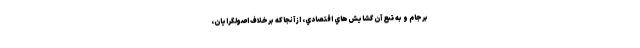
برجام و به تبع آن گشايش‌هاي اقتصادي، از آنجاكه برخلاف اصولگرايان،